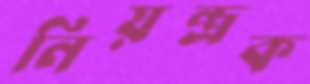
নিয়ন্ত্রক